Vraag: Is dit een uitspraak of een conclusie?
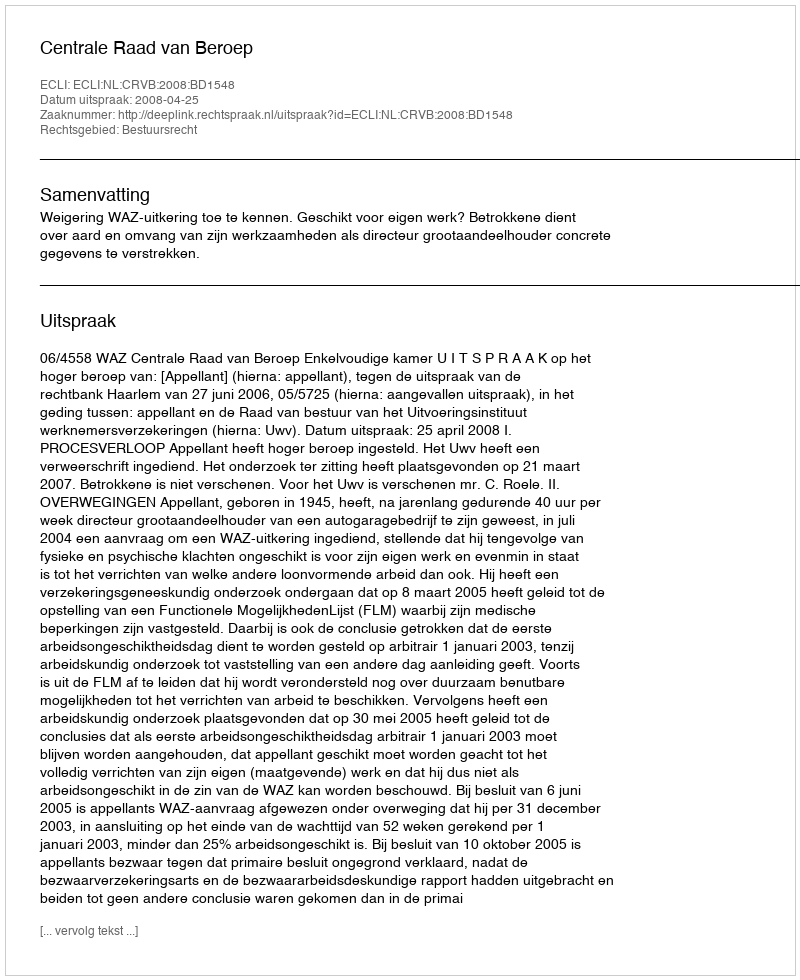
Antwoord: Uitspraak